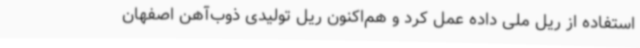
استفاده از ریل ملی داده عمل کرد و هم‌اکنون ریل تولیدی ذوب‌آهن اصفهان